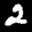
Label: 2